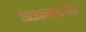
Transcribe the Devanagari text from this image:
१९३८मधील